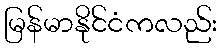
မြန်မာနိုင်ငံကလည်း